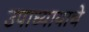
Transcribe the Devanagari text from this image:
उपाध्यायाचे